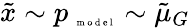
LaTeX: \tilde{x}\sim p_{\mathrm{~\tiny~m~o~d~e~l~}}\sim\tilde{\mu}_{G}